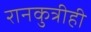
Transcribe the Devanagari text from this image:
रानकुत्रीही